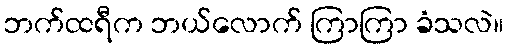
ဘက်ထရီက ဘယ်လောက် ကြာကြာ ခံသလဲ။